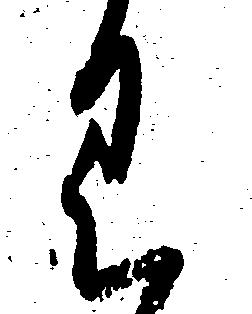
く